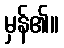
မှန်၏။